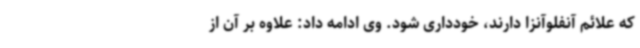
که علائم آنفلوآنزا دارند، خودداری شود. وی ادامه داد: علاوه بر آن از